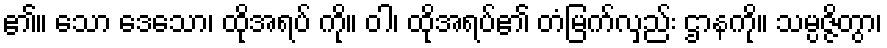
၏။ သော ဒေသော၊ ထိုအရပ် ကို။ ဝါ၊ ထိုအရပ်၏ တံမြက်လှည်း ဌာနကို။ သမ္ပဇ္ဇိတွာ၊